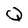
Character: Q